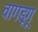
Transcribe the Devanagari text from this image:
वागडूगू